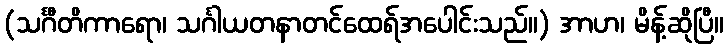
(သင်္ဂီတိကာရော၊ သင်္ဂါယတနာတင်ထေရ်အပေါင်းသည်။) အာဟ၊ မိန့်ဆိုပြီ။